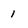
Character: 1